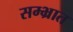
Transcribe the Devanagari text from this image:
सम्भ्रात